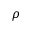
\rho